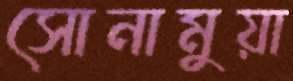
সোনামুয়া